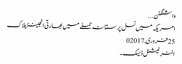
واشنگٹن ...
امریکہ میں نسل پرستانہ حملے میں بھارتی انجینئر ہلاک
25 فروری,2017	0
انٹر نیشنل ڈیسک۔